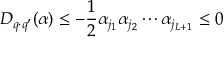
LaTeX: D _ { q \cdot q ^ { \prime } } ( \alpha ) \leq - \frac 1 2 \alpha _ { j _ { 1 } } \alpha _ { j _ { 2 } } \cdots \alpha _ { j _ { L + 1 } } \leq 0